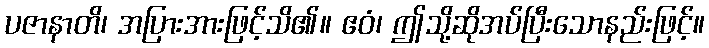
ပဇာနာတိ၊ အပြားအားဖြင့်သိ၏။ ဧဝံ၊ ဤသို့ဆိုအပ်ပြီးသောနည်းဖြင့်။